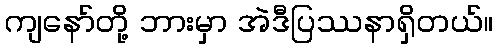
ကျနော်တို့ ဘားမှာ အဲဒီပြဿနာရှိတယ်။